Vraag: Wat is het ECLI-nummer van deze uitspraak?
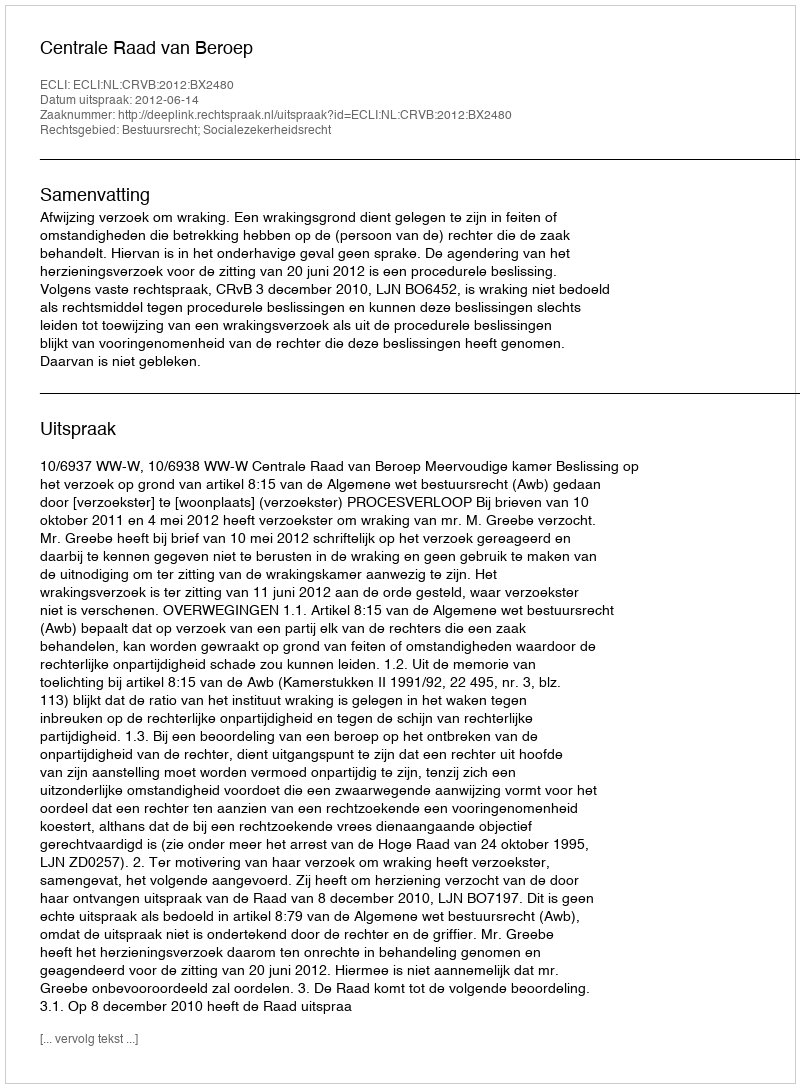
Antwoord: ECLI:NL:CRVB:2012:BX2480